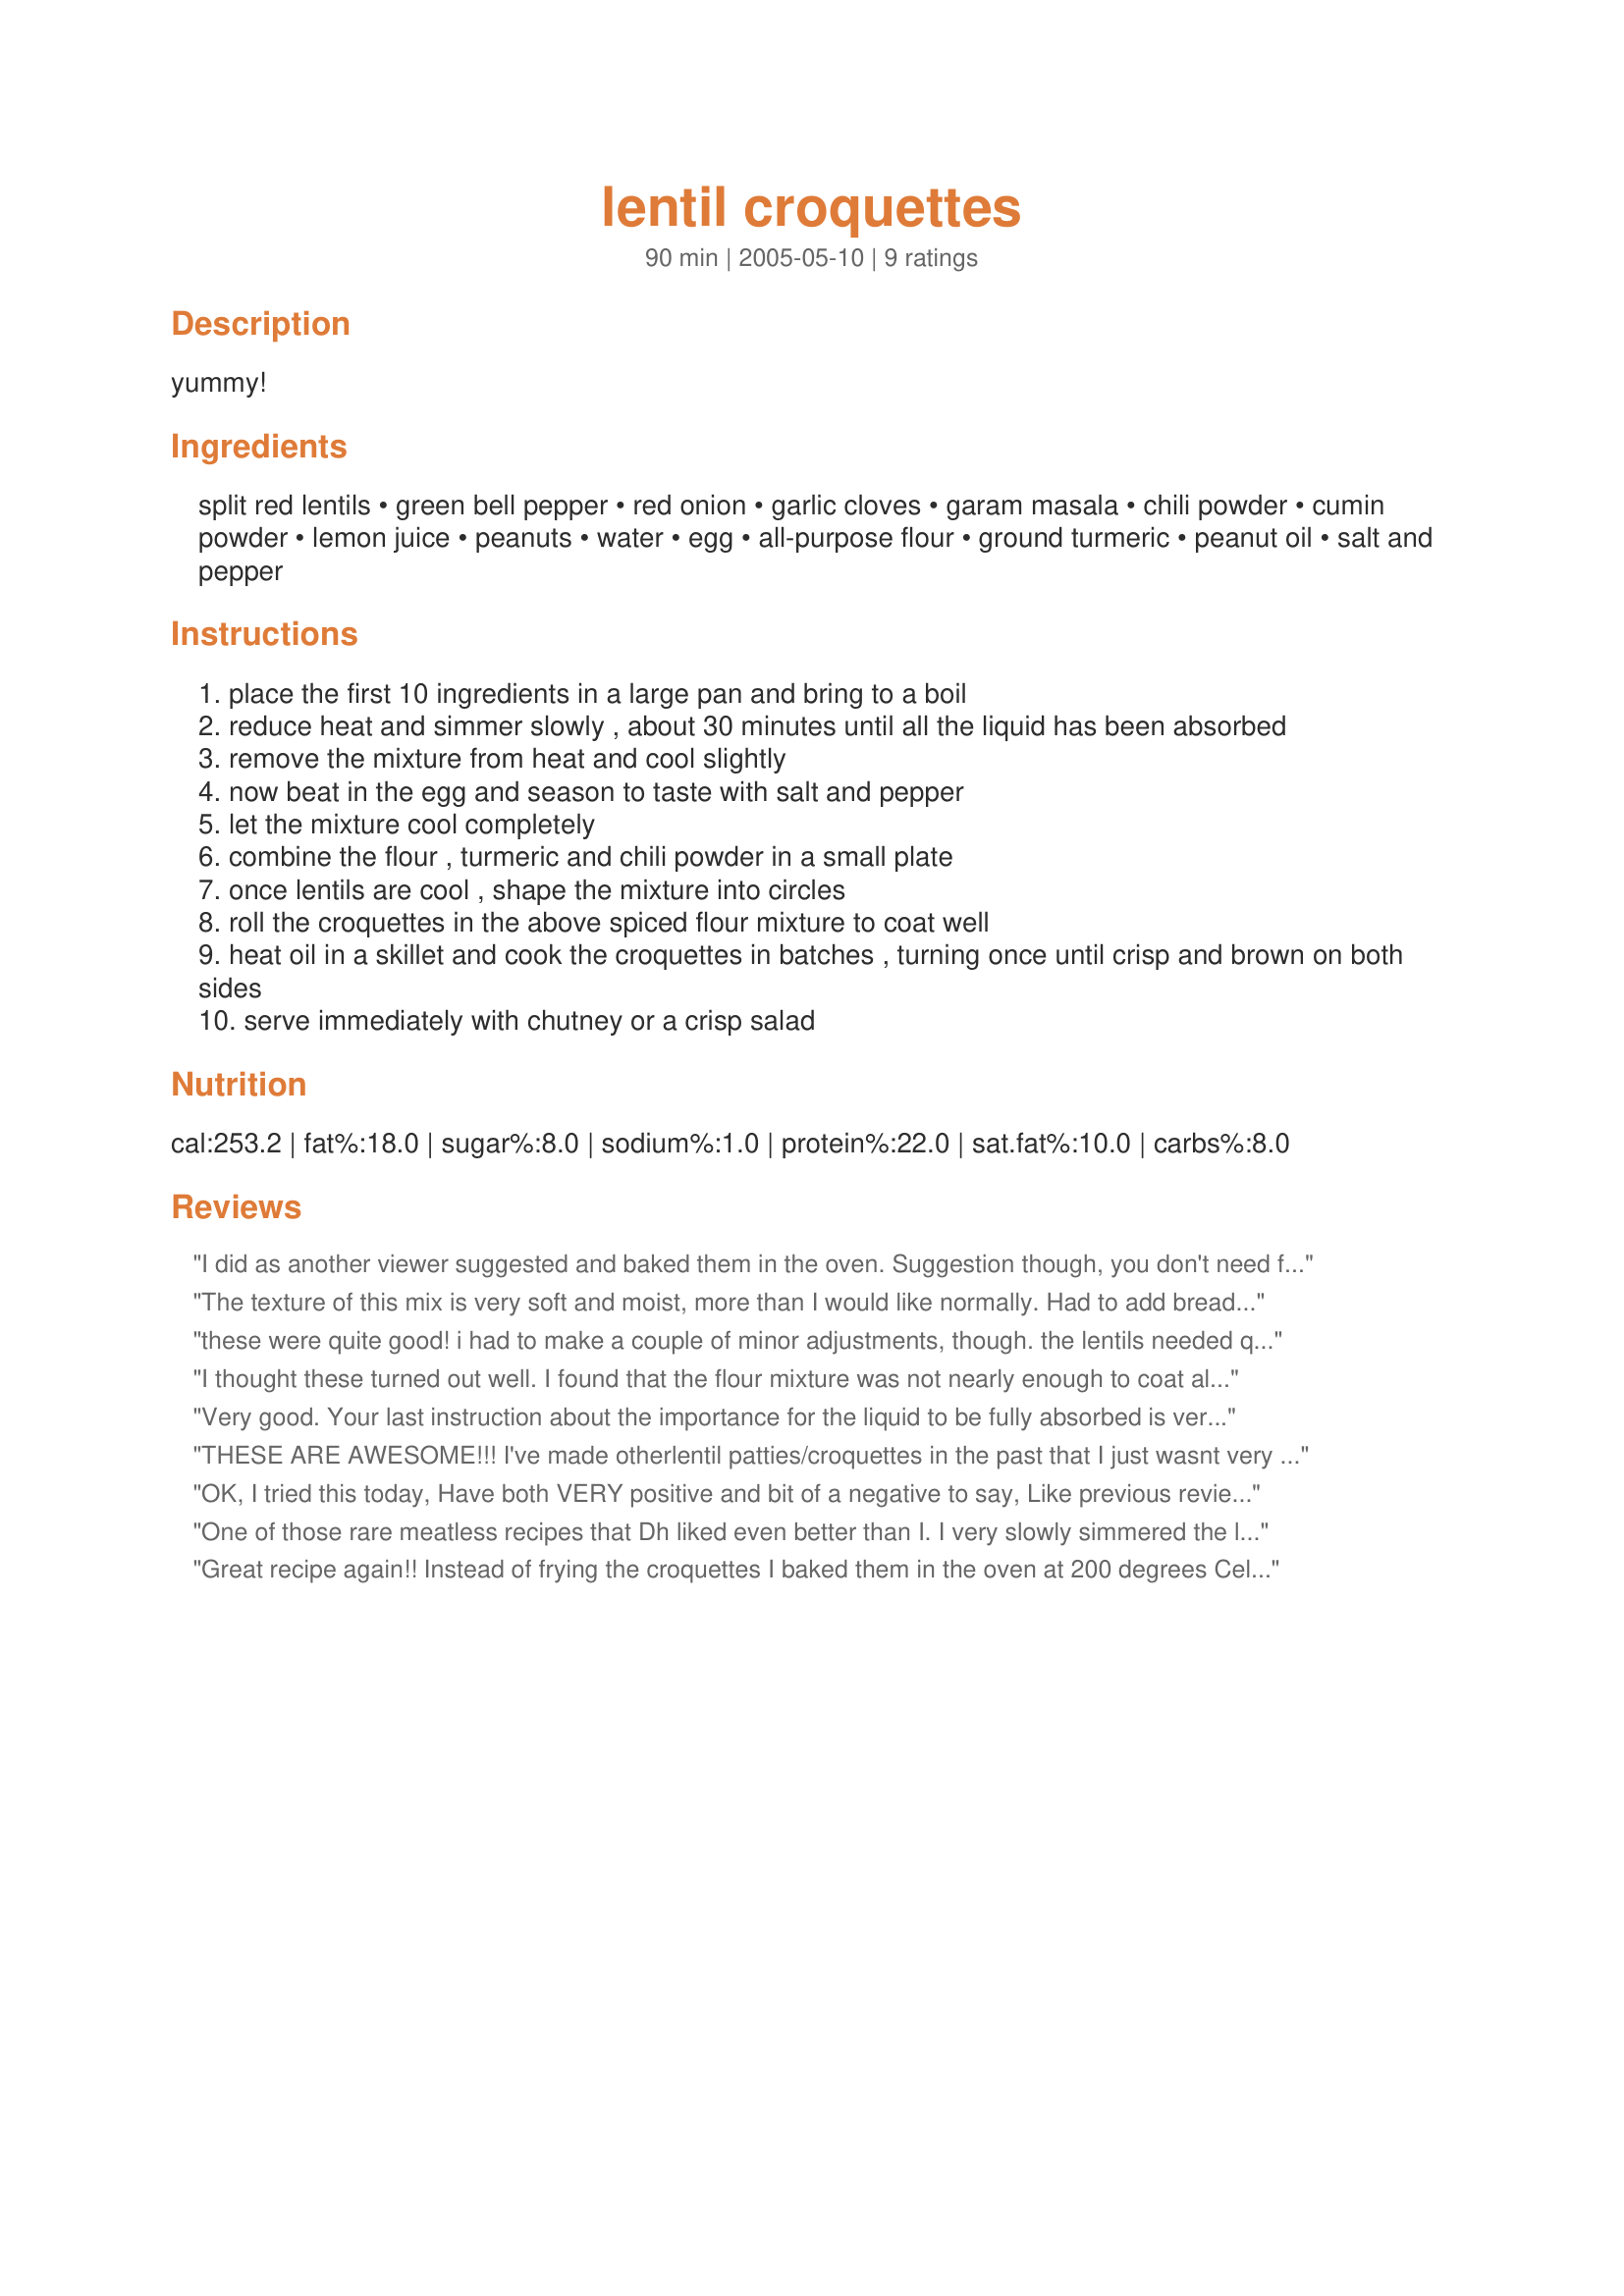
lentil croquettes
Preparation time: 90 minutes

yummy!

Ingredients:
split red lentils, green bell pepper, red onion, garlic cloves, garam masala, chili powder, cumin powder, lemon juice, peanuts, water, egg, all-purpose flour, ground turmeric, peanut oil, salt and pepper

Steps:
place the first 10 ingredients in a large pan and bring to a boil
reduce heat and simmer slowly , about 30 minutes until all the liquid has been absorbed
remove the mixture from heat and cool slightly
now beat in the egg and season to taste with salt and pepper
let the mixture cool completely
combine the flour , turmeric and chili powder in a small plate
once lentils are cool , shape the mixture into circles
roll the croquettes in the above spiced flour mixture to coat well
heat oil in a skillet and cook the croquettes in batches , turning once until crisp and brown on both sides
serve immediately with chutney or a crisp salad

Reviews:
I did as another viewer suggested and baked them in the oven. Suggestion though, you don't need flour if you cook them in the oven. My mixture was a little too runny while making the patties, but they turned out alright. I didn't have garam marsala or turmeric, so I compensated with extra salt and pepper. I also thought the mixture could have used more peppers, perhaps some red bell peppers to contrast the green.
The texture of this mix is very soft and moist, more than I would like normally. Had to add breadcrumbs to stiffen as I had to stop cooking after 30 mins because the mix was sticking to the bottom of the pot badly. I used a strong chilli powder and they were very spicy hot. I served them with cucumber raita to cool the palate down. They took a long time to make, mainly as you have to wait for the mixture to cool - which took about an hour in the fridge. Liked them, but not sure I will make them again as I prefer a thicker more textured mix, and this is very smooth and wet.
these were quite good! i had to make a couple of minor adjustments, though. the lentils needed quite a bit more liquid- at least half a cup, maybe a cup (i didn't measure). they started to burn in the pot - the liquid was gone, but they were still significantly undercooked. also, they were too flour-y, but that was me, not the recipe (i dredged them too heavily). all in all, they came out really well. i served them with raita, and the more we ate the more we liked them (even our 2 year old!).
I thought these turned out well. I found that the flour mixture was not nearly enough to coat all the croquettes - I had to triple this amount. I also refrigerated mine overnight and found the mixture still a little hard to handle. Once in the frying pan though, they held together and crisped up nicely. They have a nice subtle indian flavor, and I would make these again. Thanks.
Very good. Your last instruction about the importance for the liquid to be fully absorbed is very true. I thought mine was absorbed enough, but as soon as I added in the egg, I knew I was going to have a problem! I also did not make enough time for the mixture to chill for a few hours, so my too moist mixture along with not chilled enough made for some challenging cooking :) I had not noticed the other reviewers comment about adding some bread crumbs....I think that would have helped. Bottom line, I WILL be making these again. I am thinking of cooking up the mixture and freezing for use as needed, or making the patties and then freezing them already cooked so they'll be handy for a quick meal.
THESE ARE AWESOME!!! I've made otherlentil patties/croquettes in the past that I just wasnt very thrilled with. I have one recipe that Ive made of my own with ingredients I just "throw together", but these are fabulous. I actually made two batches, one this way and one with black gram. The ones made per the directions were fabulous, and so were the black gram ones, but I had to cook the black gram much longer and the consistency was just much different in the end after all the water was absorbed. I had to add some bread crumbs to the mixture to get it to hold properly, but they were still fabulous - just quite different ;)
The flavors in these are simply yummy! Thank you so much for this recipe! Might I suggest trying to coat them with besan flour on your second try ;)
OK, I tried this today,
Have both VERY positive and bit of a negative to say,
Like previous reviewers, mixture was too wet, TRUE!
Even left overnight think would settle too!
Drained off extra water that did accumulate,
Positive? The taste is first rate!
I WILL try again, but think need breadcrumbs to add,
Think if I did I would be glad,
As what I made today just went to rubbish heaven too!
Am SURE when I make next time, will have a different review!
JUST being honest...and LOW that it is low fat...
One of those rare meatless recipes that Dh liked even better than I. I very slowly simmered the lentils at least 30 minutes longer than the original 30 minutes the recipe calls for in order to to cook off ALL the liquid. I served them with Dancer's Curried Mango Sauce #80835.
Great recipe again!! Instead of frying the croquettes I baked them in the oven at 200 degrees Celcius for 20 minutes on one side and 15 on the other. They were crispy and delicious!!1
